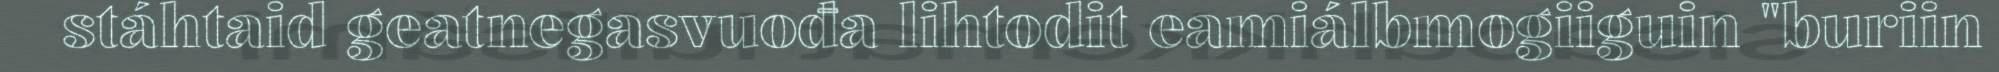
stáhtaid geatnegasvuođa lihtodit eamiálbmogiiguin "buriin